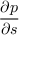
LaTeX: \frac { \partial p } { \partial s }